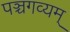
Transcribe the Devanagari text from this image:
पञ्चगव्यम्